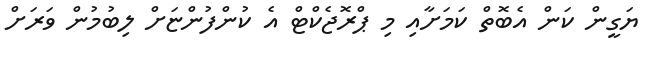
ޔަގީން ކަން އެބޮތް ކަމަށާއި މި ޕްރޮޖެކްޓް އެ ކުންފުންޏަށް ލިބުމުން ވަރަށް